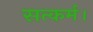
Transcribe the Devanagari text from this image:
सत्कर्म।